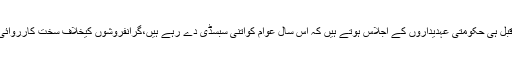
ہرسال رمضان سے قبل ہی حکومتی عہدیداروں کے اجلاس ہوتے ہیں کہ اس سال عوام کواتنی سبسڈی دے رہے ہیں،گرانفروشوں کیخلاف سخت کارروائی ہوگی،وغیرہ وغیرہ۔